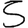
Digit: 5